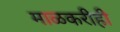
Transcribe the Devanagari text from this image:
माळकरीही